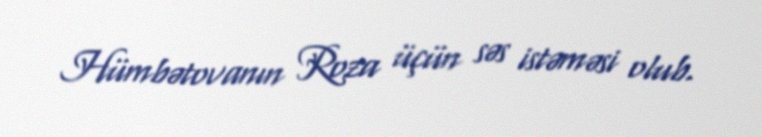
Hümbətovanın Roza üçün səs istəməsi olub.